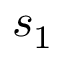
s _ { 1 }